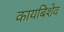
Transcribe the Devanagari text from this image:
कायबिशेव